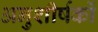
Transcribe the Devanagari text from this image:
अनुशीर्षकों